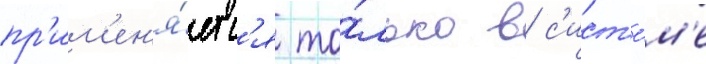
пр'им'ен'я́етс'я то́лько в с'ист'е́м'е